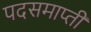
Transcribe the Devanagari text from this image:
पदसमाप्ती